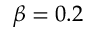
\beta = 0 . 2